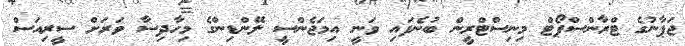
ޖަޕާނުގެ ޓްރާންސްޕޯޓް މިނިސްޓްރީން ބުނެފައި ވަނީ އިމަޖެންސީ ލޭންޑިންގެ މިހާދިސާ ވަރަށް ސީރިއަސް